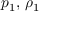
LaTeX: p _ { 1 } , \, \rho _ { 1 }